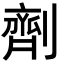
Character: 劑